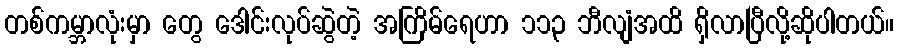
တစ်ကမ္ဘာလုံးမှာ တွေ ဒေါင်းလုပ်ဆွဲတဲ့ အကြိမ်ရေဟာ ၁၁၃ ဘီလျံအထိ ရှိလာပြီလို့ဆိုပါတယ်။